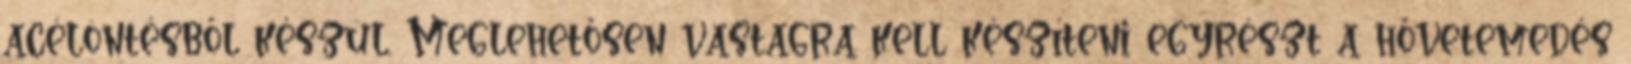
acélöntésből készül. Meglehetősen vastagra kell készíteni egyrészt a hővetemedés